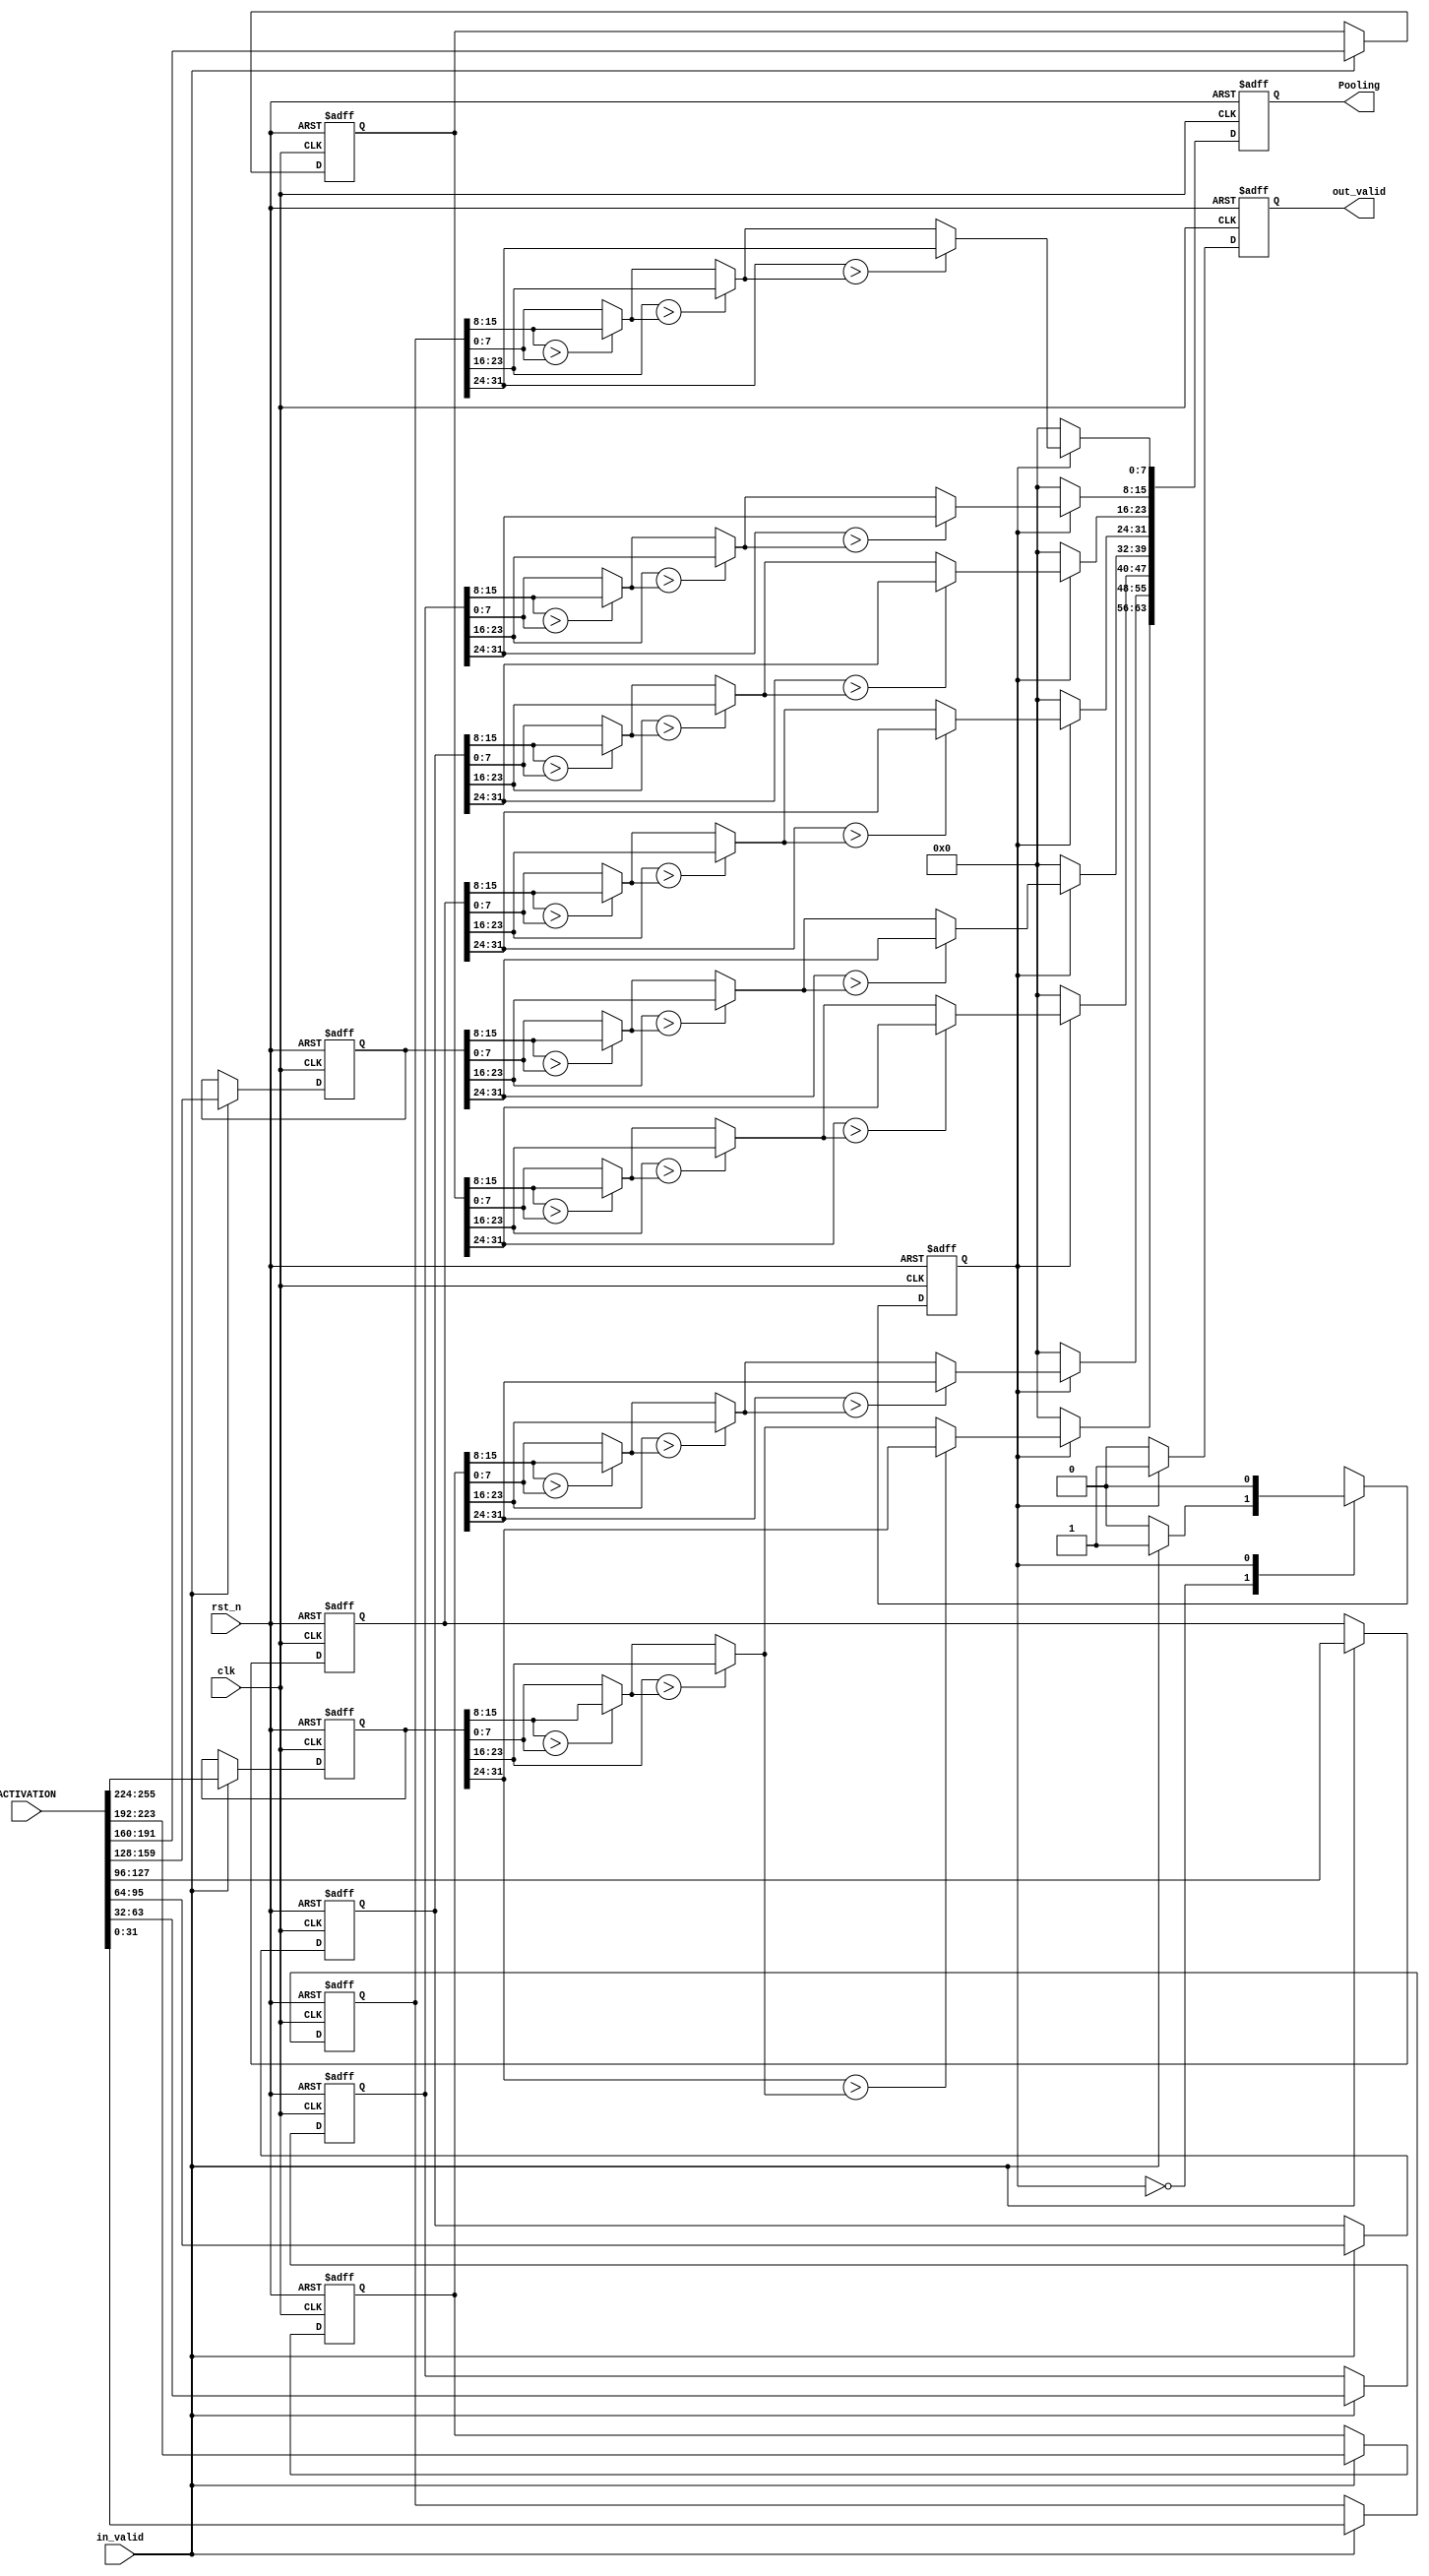

// 

module Pooling
#( 
    parameter BOTTLENECK = 32,
    parameter SIZE=2, // VGG-16, AlexNet size 2x2 and stride 2x2, ResNet-50 size 3x3 and stride 3x3 
    parameter STRIDE = 2,
    // parameter OFM_BIT = 29, // OFM_BIT for each convolution of VGG-16 is 21,26,26,27,27,28,28,28,29,29,29,29,29
    parameter DELTA_X = 4,
    parameter OU = 4,
    parameter IN_CH=512,
    parameter IFM_BIT = 8 // after output Activation, has been quantized to input feature map bit
    // parameter out_ch = 512

)
(
    // input
	clk,
	rst_n,
    in_valid,
    ACTIVATION,

    // output
    out_valid,
    Pooling
    
);

// ===============================================================
// Parameter & Integer Declaration
// ===============================================================
integer i,j;
localparam NUM_CYCLE = BOTTLENECK/DELTA_X * OU * STRIDE;
localparam NUM_POOLING = (IN_CH / (NUM_CYCLE));
parameter STATE_IDLE = 1'd0;
parameter STATE_CALCULATE = 1'd1;
reg cur_state, next_state;
reg [$clog2(NUM_CYCLE)-1:0] cnt;
reg signed [IFM_BIT-1:0] pooling [0:NUM_POOLING-1];
// reg signed [SIZE*SIZE*IFM_BIT-1:0] activation [0:IN_CH-1]; // separated by input channel
reg signed [SIZE*SIZE*IFM_BIT-1:0] activation [0:NUM_POOLING-1]; // separated by input channel
reg signed [IFM_BIT-1:0] activation_pixel [0:NUM_POOLING-1][0:SIZE*SIZE-1];

// ===============================================================
// Input & Output Declaration
// ===============================================================
input clk, rst_n, in_valid;
// input [IN_CH*SIZE*SIZE*IFM_BIT-1:0] ACTIVATION;
input [NUM_POOLING*SIZE*SIZE*IFM_BIT-1:0] ACTIVATION;
output reg out_valid;
output reg [NUM_POOLING*IFM_BIT-1:0] Pooling;



//================================================================
// DESIGN
//================================================================
// FSM
always@(posedge clk or negedge rst_n)begin
    if(!rst_n)begin
        cur_state <= STATE_IDLE;
    end
    else begin
        cur_state <= next_state;
    end
end
always@*begin
    next_state = cur_state;

    case(cur_state)
    STATE_IDLE:begin
        next_state = STATE_IDLE;
        if(in_valid)begin
            next_state = STATE_CALCULATE;
        end
    end
    STATE_CALCULATE:begin
        // next_state = STATE_CALCULATE;
        // if(cnt==NUM_CYCLE)begin // cnt=0 : still calculating, cnt=1~NUM_CYCLE give output
        //     next_state = STATE_IDLE;
        // end
        next_state = STATE_IDLE;
    end
    endcase
end

// counter
// always@(posedge clk or negedge rst_n)begin
//     if(!rst_n)begin
//         cnt<=0;
//     end
//     else if(cur_state==STATE_CALCULATE)begin
//         cnt<=cnt+1; // default
//         if(cnt==NUM_CYCLE)begin
//             cnt<=0;
//         end
//     end
// end


// input
always@(posedge clk or negedge rst_n)begin
    if(!rst_n)begin
        // for(i=0;i<IN_CH;i=i+1)begin
        //     activation[i]<=0;
        // end

        for(i=0;i<NUM_POOLING;i=i+1)begin
            activation[i]<=0;
        end
    end
    else if(in_valid)begin
        // for(i=0;i<IN_CH;i=i+1)begin
        //     
        //     // separated by input channel
        //     activation[i]<=ACTIVATION[ 
        //         i*SIZE*SIZE*IFM_BIT +: SIZE*SIZE*IFM_BIT ];
        // end

        for(i=0;i<NUM_POOLING;i=i+1)begin
            activation[i]<=ACTIVATION[ 
                i*SIZE*SIZE*IFM_BIT +: SIZE*SIZE*IFM_BIT ];
        end
    end
end



// Pooling combinational
always @(*) begin
    for(i=0;i<NUM_POOLING;i=i+1)begin

        // ex. SIZE*SIZE=2*2, IFM_BIT=8, IN_CH=512, NUM_POOLING=8, and maxpooling
        // when cnt==0
        //      pooling[0] = max(activation[0][7:0], activation[0][15:8], activation[0][23:16], activation[0][31:24])
        //      pooling[1] = max(activation[1][7:0], activation[1][15:8], activation[1][23:16], activation[1][31:24])
        //      ......
        // when cnt==1
        //      pooling[0] = max(activation[8][7:0], activation[8][15:8], activation[8][23:16], activation[8][31:24])
        //      pooling[1] = max(activation[9][7:0], activation[9][15:8], activation[9][23:16], activation[9][31:24])
        //      ......
        // pooling[i] = activation[cnt*NUM_POOLING+i][IFM_BIT-1:0]; // default to activation[i][7:0]
        // for(j=1;j<SIZE*SIZE;j=j+1)begin // iterate rest of activation to find the max
        //     if( activation[cnt*NUM_POOLING+i][j*IFM_BIT +: IFM_BIT] > pooling[i] )begin
        //         pooling[i] = activation[cnt*NUM_POOLING+i][j*IFM_BIT +: IFM_BIT];
        //     end
        // end

        // need to break into SIZE*SIZEpixel
        // otherwise  signed 
        for(j=0;j<SIZE*SIZE;j=j+1)begin
            activation_pixel[i][j] = activation[i][j*IFM_BIT +: IFM_BIT];
        end

        pooling[i] = activation_pixel[i][0]; // default to activation[i][7:0]
        for(j=1;j<SIZE*SIZE;j=j+1)begin // iterate rest of activation to find the max
            if( activation_pixel[i][j] > pooling[i] )begin
                pooling[i] = activation_pixel[i][j];
            end
        end
    end
end



// output
always@(posedge clk or negedge rst_n)begin
    if(!rst_n)begin
        out_valid <=0;
        Pooling <= 0;
    end
    else if(cur_state==STATE_CALCULATE)begin
        out_valid <= 1;
        for(i=0;i<NUM_POOLING;i=i+1)begin
            Pooling[i*IFM_BIT +: IFM_BIT] <= pooling[i];
        end
        
        // end of output, next_state = STATE_IDLE
        // if(cnt==NUM_CYCLE)begin
        //     out_valid <=0;
        //     Pooling <= 0;
        // end
    end
    else begin
        out_valid <=0;
        Pooling <= 0;
    end
end
endmodule